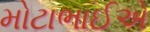
મોટાભાઈએ